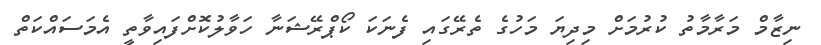
ނިޒާމް މަރާމާތު ކުރުމަށް މިދިޔަ މަހުގެ ތެރޭގައި ފެނަކަ ކޯޕްރޭޝަނާ ހަވާލުކޮށްފައިވާތީ އެމަސައްްކަތް